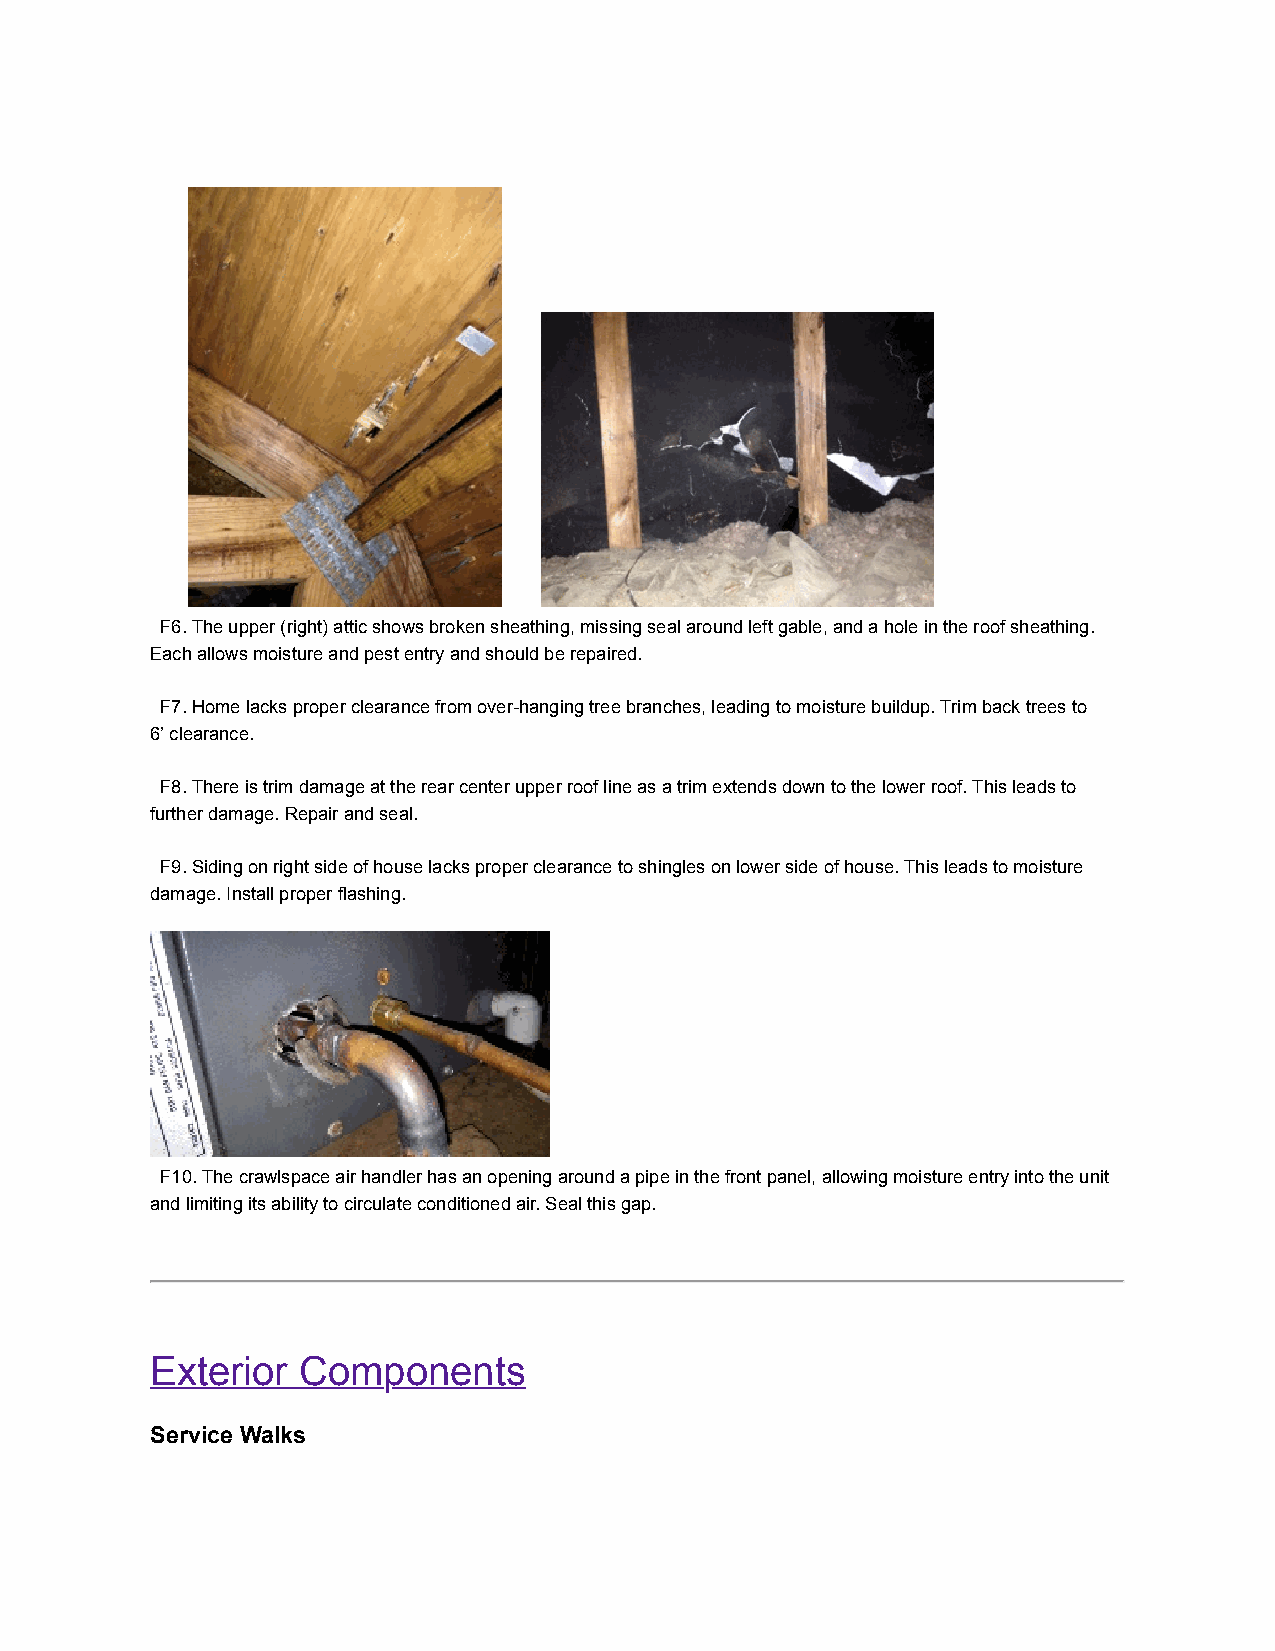
F6. The upper (right) attic shows broken sheathing, missing seal around left gable, and a hole in the roof sheathing.
 Each allows moisture and pest entry and should be repaired.
 F7. Home lacks proper clearance from over-hanging tree branches, leading to moisture buildup. Trim back trees to
 6’ clearance.
 F8. There is trim damage at the rear center upper roof line as a trim extends down to the lower roof. This leads to
 further damage. Repair and seal.
 F9. Siding on right side of house lacks proper clearance to shingles on lower side of house. This leads to moisture
 damage. Install proper flashing.
 F10. The crawlspace air handler has an opening around a pipe in the front panel, allowing moisture entry into the unit
 and limiting its ability to circulate conditioned air. Seal this gap.
 Exterior  Components
 Service Walks